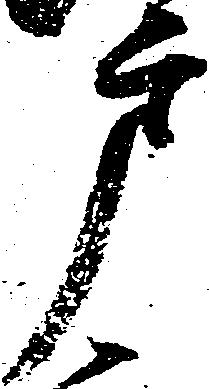
戸